Civil Veterinary Dept. Assam report 1927-50 - 1927-1950
Year: 1927
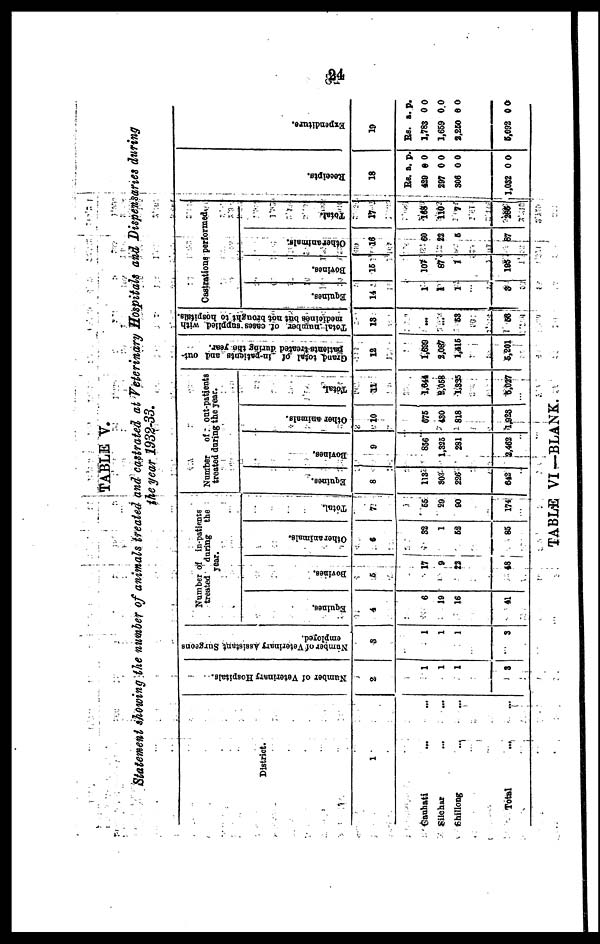
24
TABLE V.
Statement showing the number of animals treated and castrated at Veterinary Hospitals and Dispensaries during
the year 1932-33.
District.
1
Gauhati ... ...
Silchar ... ...
Shillong ... ...
Total ... ...
Number of Veterinary Hospitals.
2
1
1
1
2
Number of Veterinary Assistant Surgeons
employed.
3
1
1
1
3
Number of inpatients
treated daring the
year.
Equines.
4
6
10
16
41
Bovines.
5
17
9
23
48
Other animals.
6
32
1
52
85
Total.
7
65
29
90
174
Number
of out-patients
treated daring the year.
Equines.
8
113
503
326
642
Boviues.
9
856
1,325
281
2,462
Other animals.
10
675
430
818
1,925
Total.
11
1,644
8,068
1,335
6,037
Grande total of in-patients and out-
patients treated during the year.
13
1,689
3,067
1,416
6,201
Total number of cases supplied with
medicines but not brought to hospitals.
13
...
...
83
56
Castrations performed.
Equines.
14
1
1
1
3
Bovines.
15
107
87
1
196
Other animals.
16
60
22
5
87
Total.
17
168
110
7
355
Recei pt s .
18
Rs.
429
297
306
1,032
a.
0
0
0
0
p.
0
0
0
0
Expendi t
ur e.
19
Rs.
1,783
1,669
3,260
5,692
a.
0
0
6
0
p.
0
0
0
0
TABLE VI—BLANK.